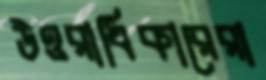
উত্তরাধিকারেরা